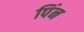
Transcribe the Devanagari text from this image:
पिंन